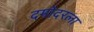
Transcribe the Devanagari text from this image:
दमोदरला